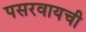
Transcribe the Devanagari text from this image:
पसरवायची